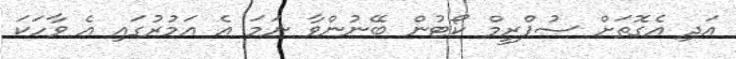
އަދި އެގޮތަށް ސުޕްރީމް ކޯޓުން ބޭނުންވާ ނަމަ އެ އަމުރުގައި އެ ވާހަކަ